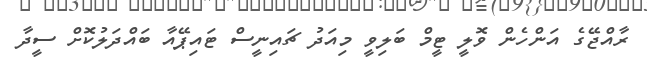
ރާއްޖޭގެ އަންހެން ވޮލީ ޓީމް ބަލިވީ މިއަދު ޗައިނީސް ޓައިޕޭއާ ބައްދަލުކޮށް ސީދާ